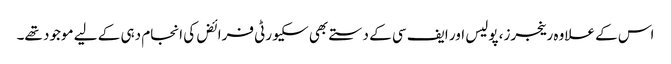
اس کے علاوہ رینجرز، پولیس اور ایف سی کے دستے بھی سکیورٹی فرائض کی انجام دہی کے لیے موجود تھے۔